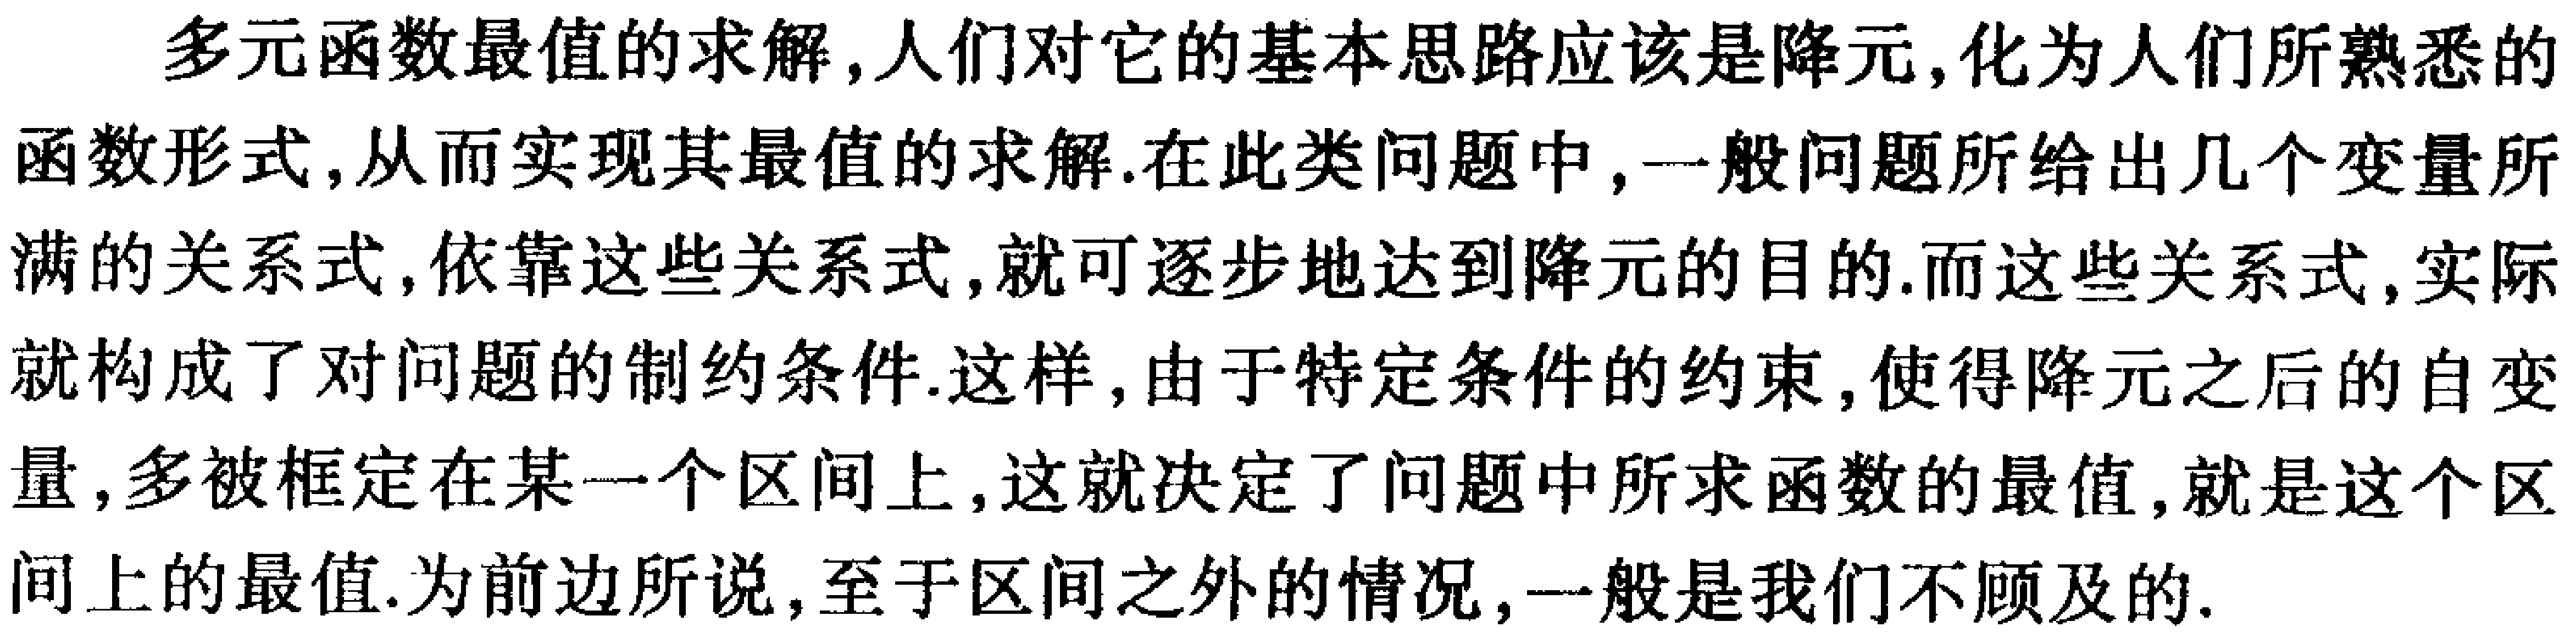
多元函数最值的求解,人们对它的基本思路应该是降元,化为人们所熟悉的函数形式,从而实现其最值的求解.在此类问题中,一般问题所给出几个变量所满的关系式,依靠这些关系式,就可逐步地达到降元的目的.而这些关系式,实际就构成了对问题的制约条件.这样,由于特定条件的约束,使得降元之后的自变量,多被框定在某一个区间上,这就决定了问题中所求函数的最值,就是这个区间上的最值.为前边所说,至于区间之外的情况,一般是我们不顾及的.